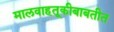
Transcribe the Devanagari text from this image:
मालवाहतूकीबाबतीत